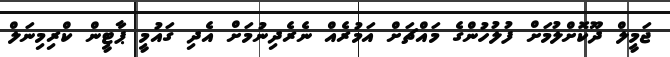
ޖަމީލް ދޫކޮށްލުމަށް ފުލުހުންގެ މައްޗަށް އަމުރެއް ނެރެދިނުމަށް އެދި ގައުމީ ޕާޓީން ކްރިމިނަލް